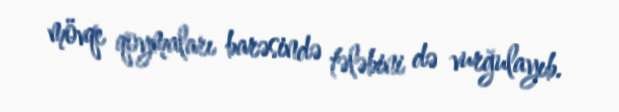
mövqe qoymaları barəsində tələbini də vurğulayıb.